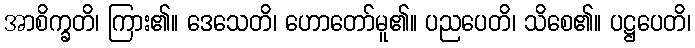
အာစိက္ခတိ၊ ကြား၏။ ဒေသေတိ၊ ဟောတော်မူ၏။ ပညပေတိ၊ သိစေ၏။ ပဋ္ဌပေတိ၊